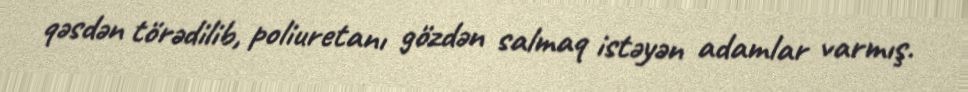
qəsdən törədilib, poliuretanı gözdən salmaq istəyən adamlar varmış.